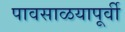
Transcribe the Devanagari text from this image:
पावसाळयापूर्वी